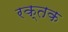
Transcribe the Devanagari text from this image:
रक्‍तक